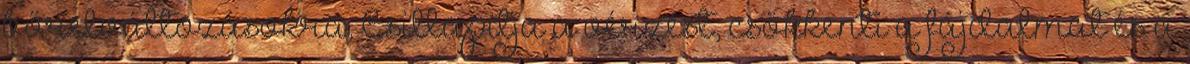
bőrelváltozásokra. Csillapítja a vérzést, csökkenti a fájdalmat és a